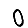
Digit: 0